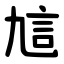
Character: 訄